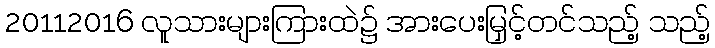
20112016 လူသားများကြားထဲ၌ အားပေးမြှင့်တင်သည့် သည့်